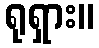
ရုရှား။